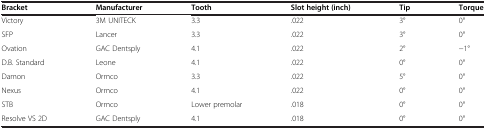
<table><thead><tr><td><b>Bracket</b></td><td><b>Manufacturer</b></td><td><b>Tooth</b></td><td><b>Slot height (inch)</b></td><td><b>Tip</b></td><td><b>Torque</b></td></tr></thead><tbody><tr><td>Victory</td><td>3M UNITECK</td><td>3.3</td><td>.022</td><td>3°</td><td>0°</td></tr><tr><td>SFP</td><td>Lancer</td><td>3.3</td><td>.022</td><td>3°</td><td>0°</td></tr><tr><td>Ovation</td><td>GAC Dentsply</td><td>4.1</td><td>.022</td><td>2°</td><td>−1°</td></tr><tr><td>D.B. Standard</td><td>Leone</td><td>4.1</td><td>.022</td><td>0°</td><td>0°</td></tr><tr><td>Damon</td><td>Ormco</td><td>3.3</td><td>.022</td><td>5°</td><td>0°</td></tr><tr><td>Nexus</td><td>Ormco</td><td>4.1</td><td>.022</td><td>0°</td><td>0°</td></tr><tr><td>STB</td><td>Ormco</td><td>Lower premolar</td><td>.018</td><td>0°</td><td>0°</td></tr><tr><td>Resolve VS 2D</td><td>GAC Dentsply</td><td>4.1</td><td>.018</td><td>0°</td><td>0°</td></tr></tbody></table>